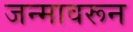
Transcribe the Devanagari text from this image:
जन्मावरून